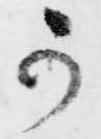
可